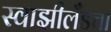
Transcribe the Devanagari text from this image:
स्वाझीलँडचा